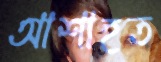
আশাহত